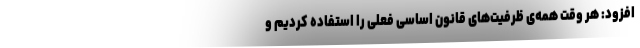
افزود: هر وقت همه‌ی ظرفیت‌های قانون اساسی فعلی را استفاده کردیم و